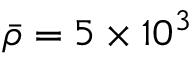
\bar { \rho } = 5 \times 1 0 ^ { 3 }